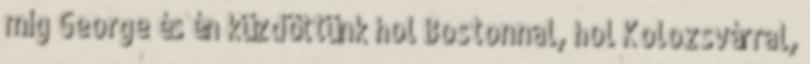
míg George és én küzdöttünk hol Bostonnal, hol Kolozsvárral,